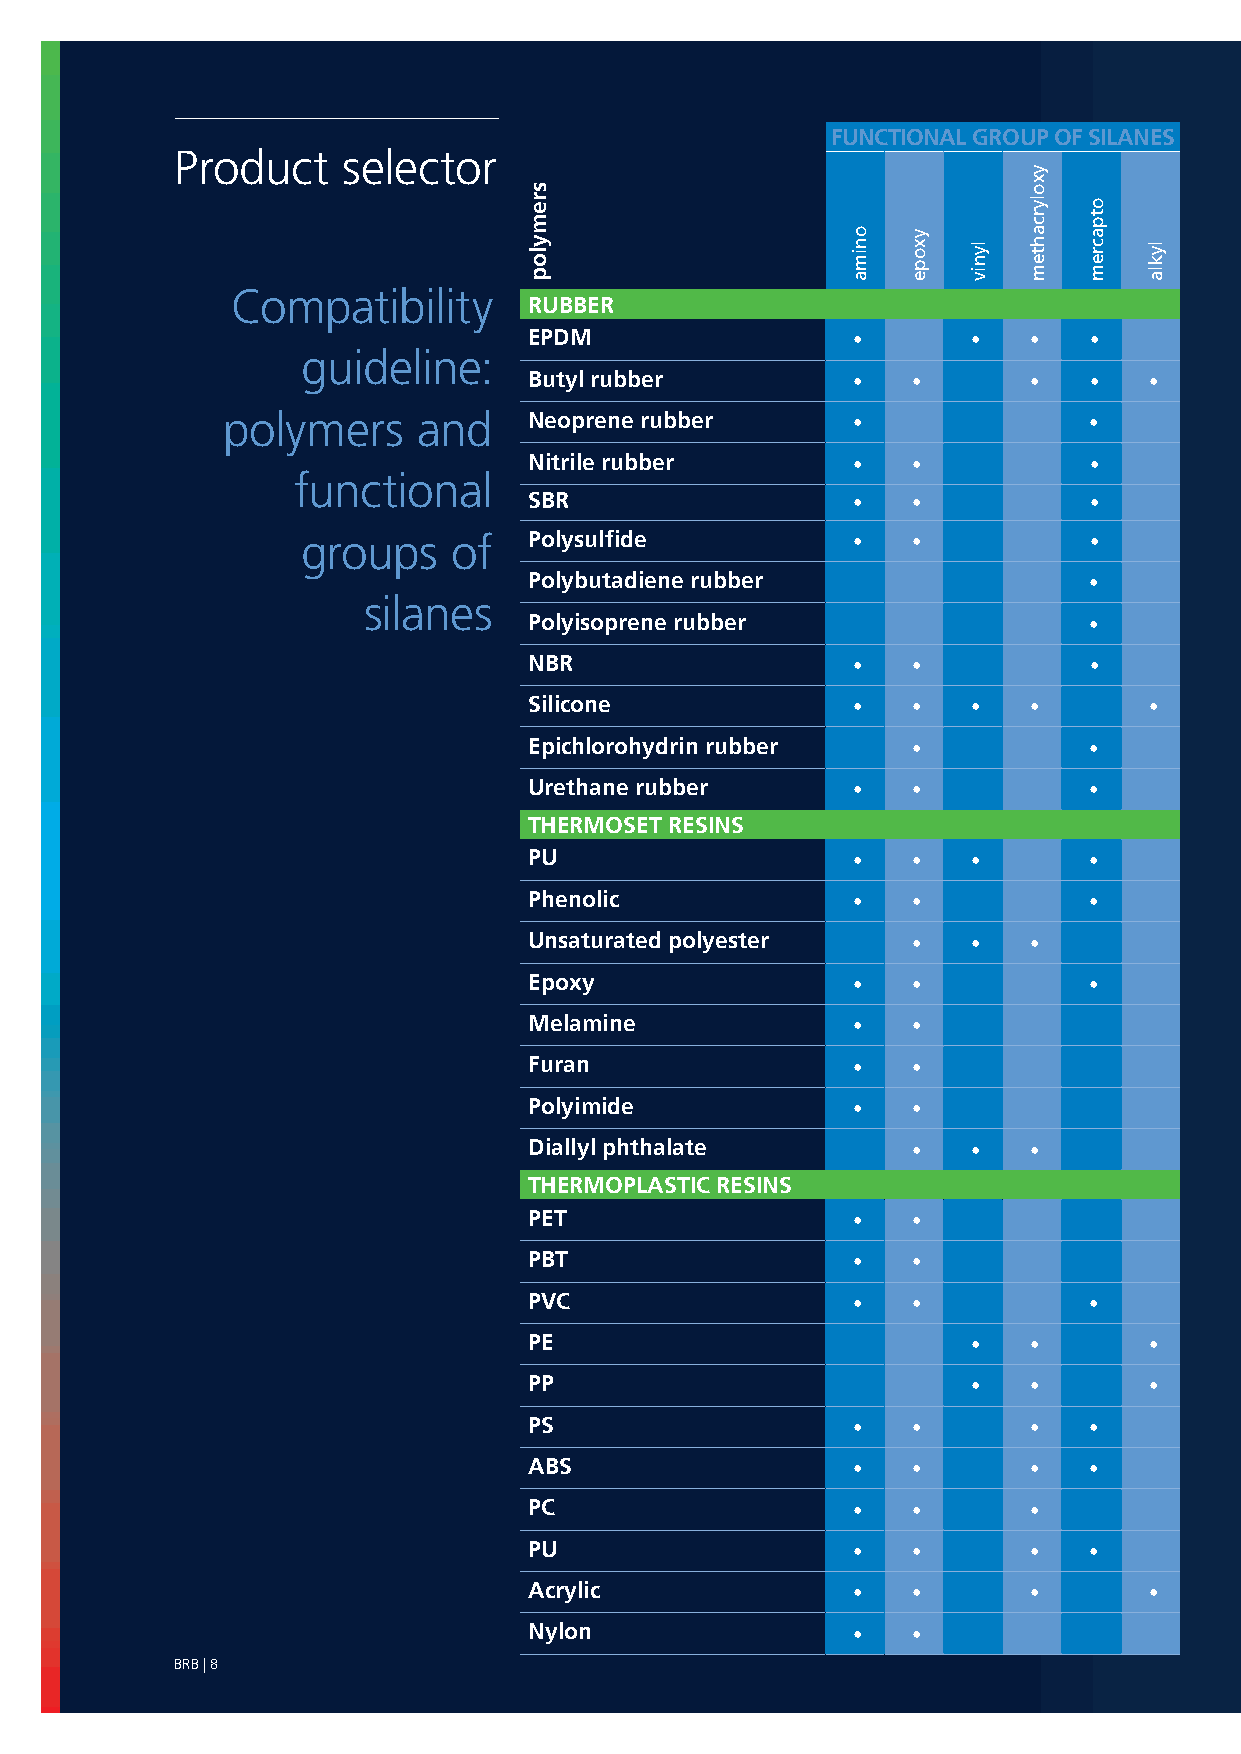
FUNCTIONAL GROUP OF SILANES
 Product    selector
 Compatibility
 RUBBER
 EPDM                 •       •   •   •
 guideline:
 Butyl rubber         •   •       •   •   •
 polymers     and    Neoprene rubber      •               •
 Nitrile rubber       •   •           •
 functional
 SBR                  •   •           •
 groups    of   Polysulfide          •   •           •
 Polybutadiene rubber                 •
 silanes
 Polyisoprene rubber                  •
 NBR                  •   •           •
 Silicone             •   •   •   •       •
 Epichlorohydrin rubber   •           •
 Urethane rubber      •   •           •
 THERMOSET RESINS
 PU                   •   •   •       •
 Phenolic             •   •           •
 Unsaturated polyester    •   •   •
 Epoxy                •   •           •
 Melamine             •   •
 Furan                •   •
 Polyimide            •   •
 Diallyl phthalate        •   •   •
 THERMOPLASTIC RESINS
 PET                  •   •
 PBT                  •   •
 PVC                  •   •           •
 PE                           •   •       •
 PP                           •   •       •
 PS                   •   •       •   •
 ABS                  •   •       •   •
 PC                   •   •       •
 PU                   •   •       •   •
 Acrylic              •   •       •       •
 Nylon                •   •
 BRB | 8
 sremylop
 onima yxope
 lyniv
 yxolyrcahtem
 otpacrem
 lykla